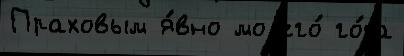
Праховым я́вно моjего́ го́да